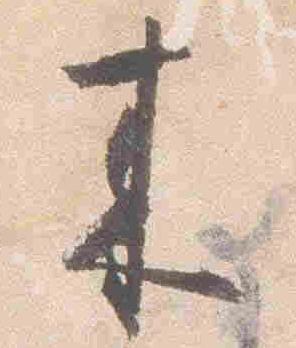
来